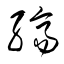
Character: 纃